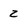
Character: 2